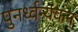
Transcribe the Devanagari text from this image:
पुनर्ध्वन्यंकन